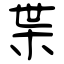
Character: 枼